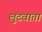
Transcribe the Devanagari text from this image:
लुटवाता